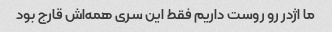
ما اژدر رو روست داریم فقط این سری همه‌اش قارج بود